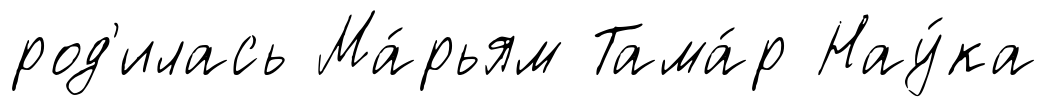
род'илась Ма́рьям Тама́р Нау́ка